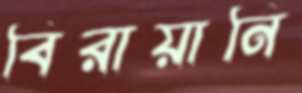
বিরায়ানি